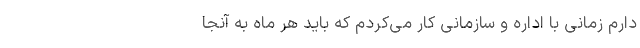
دارم زمانی با اداره و سازمانی کار می‌کردم که باید هر ماه به آنجا